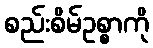
စည်းစိမ်ဥစ္စာကို